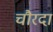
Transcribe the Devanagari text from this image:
चौरदा